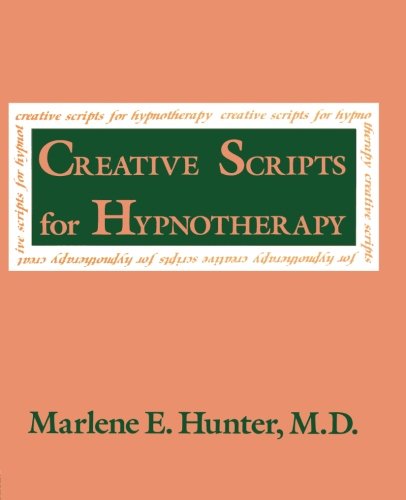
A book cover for Creative Scripts for Hypnotherapy; Marlene E. Hunter; Health, Fitness & Dieting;